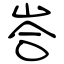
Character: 峇